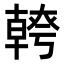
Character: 𭅪